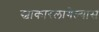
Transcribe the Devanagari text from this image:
स्वाकारलागेल्यास